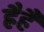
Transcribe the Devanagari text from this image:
ह्रैहैं